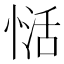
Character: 𰑺